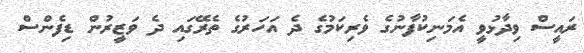
ރައީސް ވިދާޅުވީ އެމަނިކުފާނުގެ ވެރިކަމުގެ ދެ އަހަރުގެ ތެރޭގައި ދެ ވަޒީރުން ޑިފެންސް